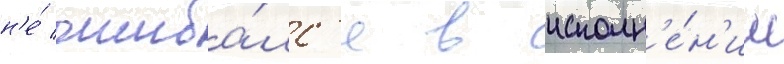
н'е́ ошиба́лс'я в исполн'е́н'ии